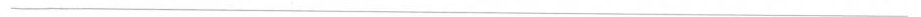
___